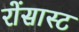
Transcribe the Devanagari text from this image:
रोंसास्ट